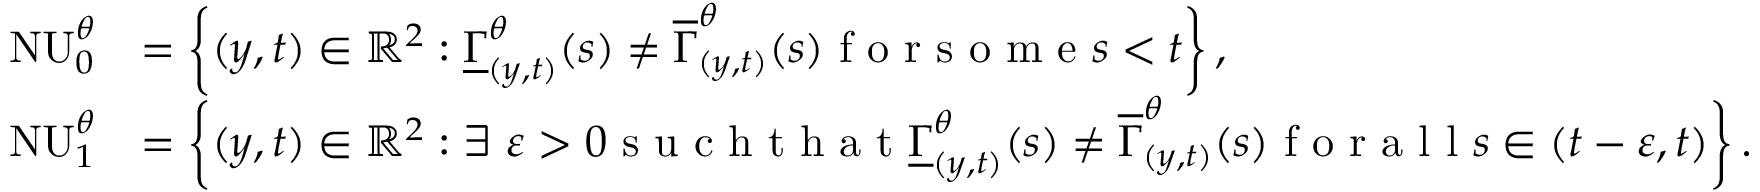
\begin{array} { r l } { \mathrm { N U } _ { 0 } ^ { \theta } } & { = \left\{ ( y , t ) \in \mathbb { R } ^ { 2 } : \underline { { \Gamma } } _ { ( y , t ) } ^ { \theta } ( s ) \neq \overline { { \Gamma } } _ { ( y , t ) } ^ { \theta } ( s ) \textrm { f o r s o m e } s < t \right\} , } \\ { \mathrm { N U } _ { 1 } ^ { \theta } } & { = \left\{ ( y , t ) \in \mathbb { R } ^ { 2 } : \exists ~ \varepsilon > 0 \textrm { s u c h t h a t } \underline { { \Gamma } } _ { ( y , t ) } ^ { \theta } ( s ) \neq \overline { { \Gamma } } _ { ( y , t ) } ^ { \theta } ( s ) \textrm { f o r a l l } s \in ( t - \varepsilon , t ) \right\} . } \end{array}